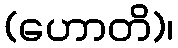
(ဟောတိ)၊